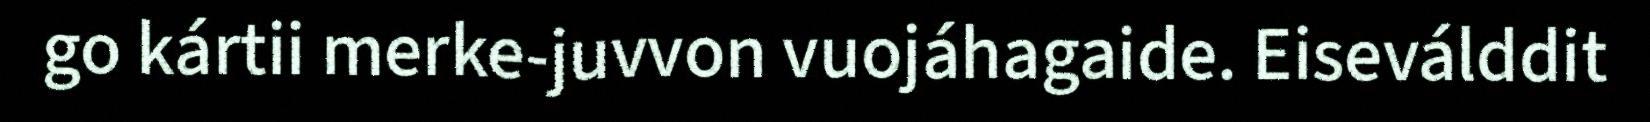
go kártii merke-juvvon vuojáhagaide. Eiseválddit